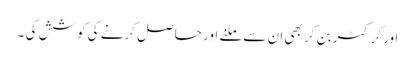
اور کرکٹر بن کر بھی ان سے ملنے اور حاصل کرنے کی کوشش کی ۔